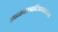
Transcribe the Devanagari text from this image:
अन्नवस्त्रादिकाकरता